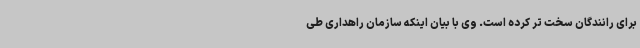
برای رانندگان سخت تر کرده است. وی با بیان اینکه سازمان راهداری طی